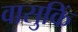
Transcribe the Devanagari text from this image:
वासुकिं